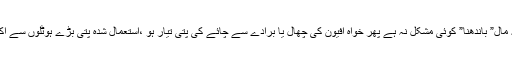
ان کے لیے کئی وزراء “پالنا” ،بیورو کریسی و پولیس کو بذریعہ مال” باندھنا” کوئی مشکل نہ ہے پھر خواہ افیون کی چھال یا برادے سے چائے کی پتی تیار ہو ،استعمال شدہ پتی بڑے ہوٹلوں سے اکٹھی کرکے ملالی جائے توکون اور کیسے کچھ بگاڑ سکتا ہے ؟